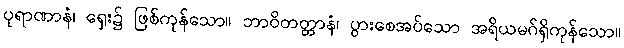
ပုရာဏာနံ၊ ရှေး၌ ဖြစ်ကုန်သော။ ဘာဝိတတ္တာနံ၊ ပွားစေအပ်သော အရိယမဂ်ရှိကုန်သော။